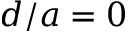
d / a = 0